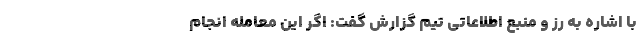
با اشاره به رز و منبع اطلاعاتی تیم گزارش گفت: اگر این معامله انجام